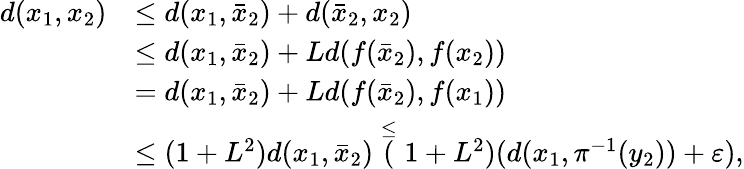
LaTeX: \begin{array}{rl}{d(x_{1},x_{2})}&{\leq d(x_{1},\bar{x}_{2})+d(\bar{x}_{2},x_{2})}\\ &{\leq d(x_{1},\bar{x}_{2})+Ld(f(\bar{x}_{2}),f(x_{2}))}\\ &{=d(x_{1},\bar{x}_{2})+Ld(f(\bar{x}_{2}),f(x_{1}))}\\ &{\leq(1+L^{2})d(x_{1},\bar{x}_{2})\stackrel{\leq}(1+L^{2})(d(x_{1},\pi^{-1}(y_{2}))+\varepsilon),}\end{array}